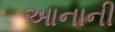
આનાની